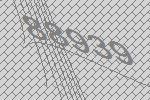
88939